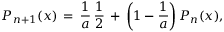
P _ { n + 1 } ( x ) \, = \, \frac { 1 } { a } \, \frac { 1 } { 2 } \, + \, \left( 1 - \frac { 1 } { a } \right) P _ { n } ( x ) ,